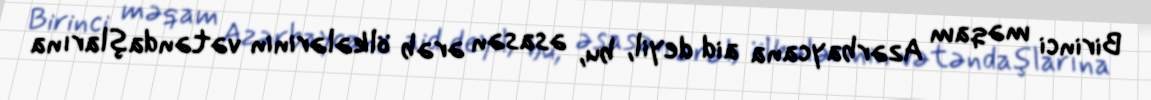
Birinci məqam Azərbaycana aid deyil, bu, əsasən ərəb ölkələrinin vətəndaşlarına